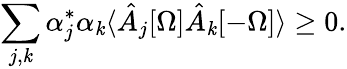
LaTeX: \sum_{j,\mathit{k}}\alpha_{j}^{*}\alpha_{\mathit{k}}\langle\hat{{A}}_{j}[\Omega]\hat{{A}}_{\mathit{k}}[-\Omega]\rangle\geq0.